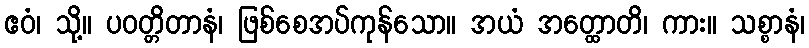
ဧဝံ၊ သို့။ ပဝတ္တိတာနံ၊ ဖြစ်စေအပ်ကုန်သော။ အယံ အတ္ထောတိ၊ ကား။ သစ္စာနံ၊